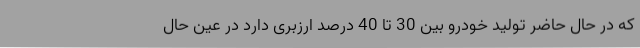
که در حال حاضر تولید خودرو بین 30 تا 40 درصد ارزبری دارد در عین حال